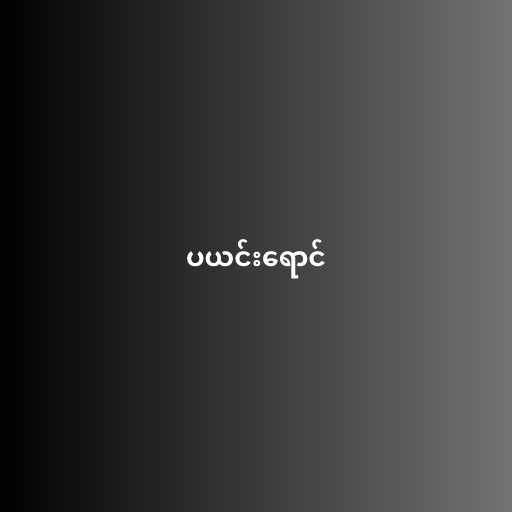
ပယင်းရောင်